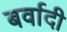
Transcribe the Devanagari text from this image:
बर्वादी